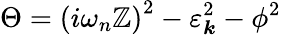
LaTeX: \Theta=\left(i\omega_{n}\mathbb{Z}\right)^{2}-\varepsilon_{\boldsymbol{k}}^{2}-\phi^{2}